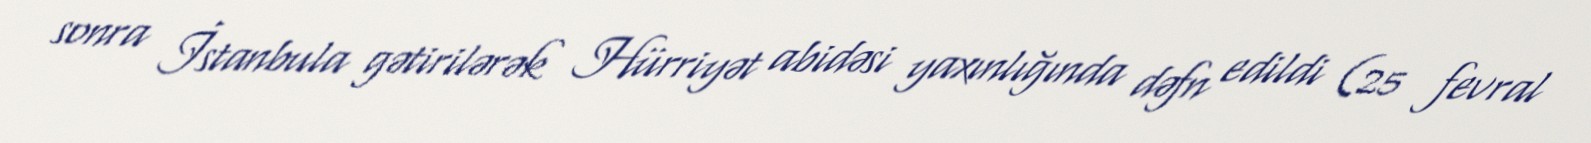
sonra İstanbula gətirilərək Hürriyət abidəsi yaxınlığında dəfn edildi (25 fevral